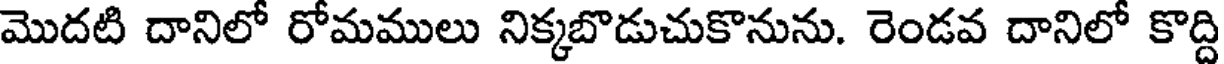
మొదటి దానిలో రోమములు నిక్కబొడుచుకొనును. రెండవ దానిలో కొద్ది